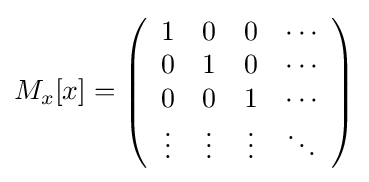
M_{x}[x]=\left({\begin{array}{cccc}1&0&0&\cdots \\0&1&0&\cdots \\0&0&1&\cdots \\\vdots &\vdots &\vdots &\ddots \end{array}}\right)